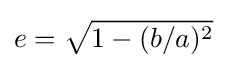
e={\sqrt {1-(b/a)^{2}}}